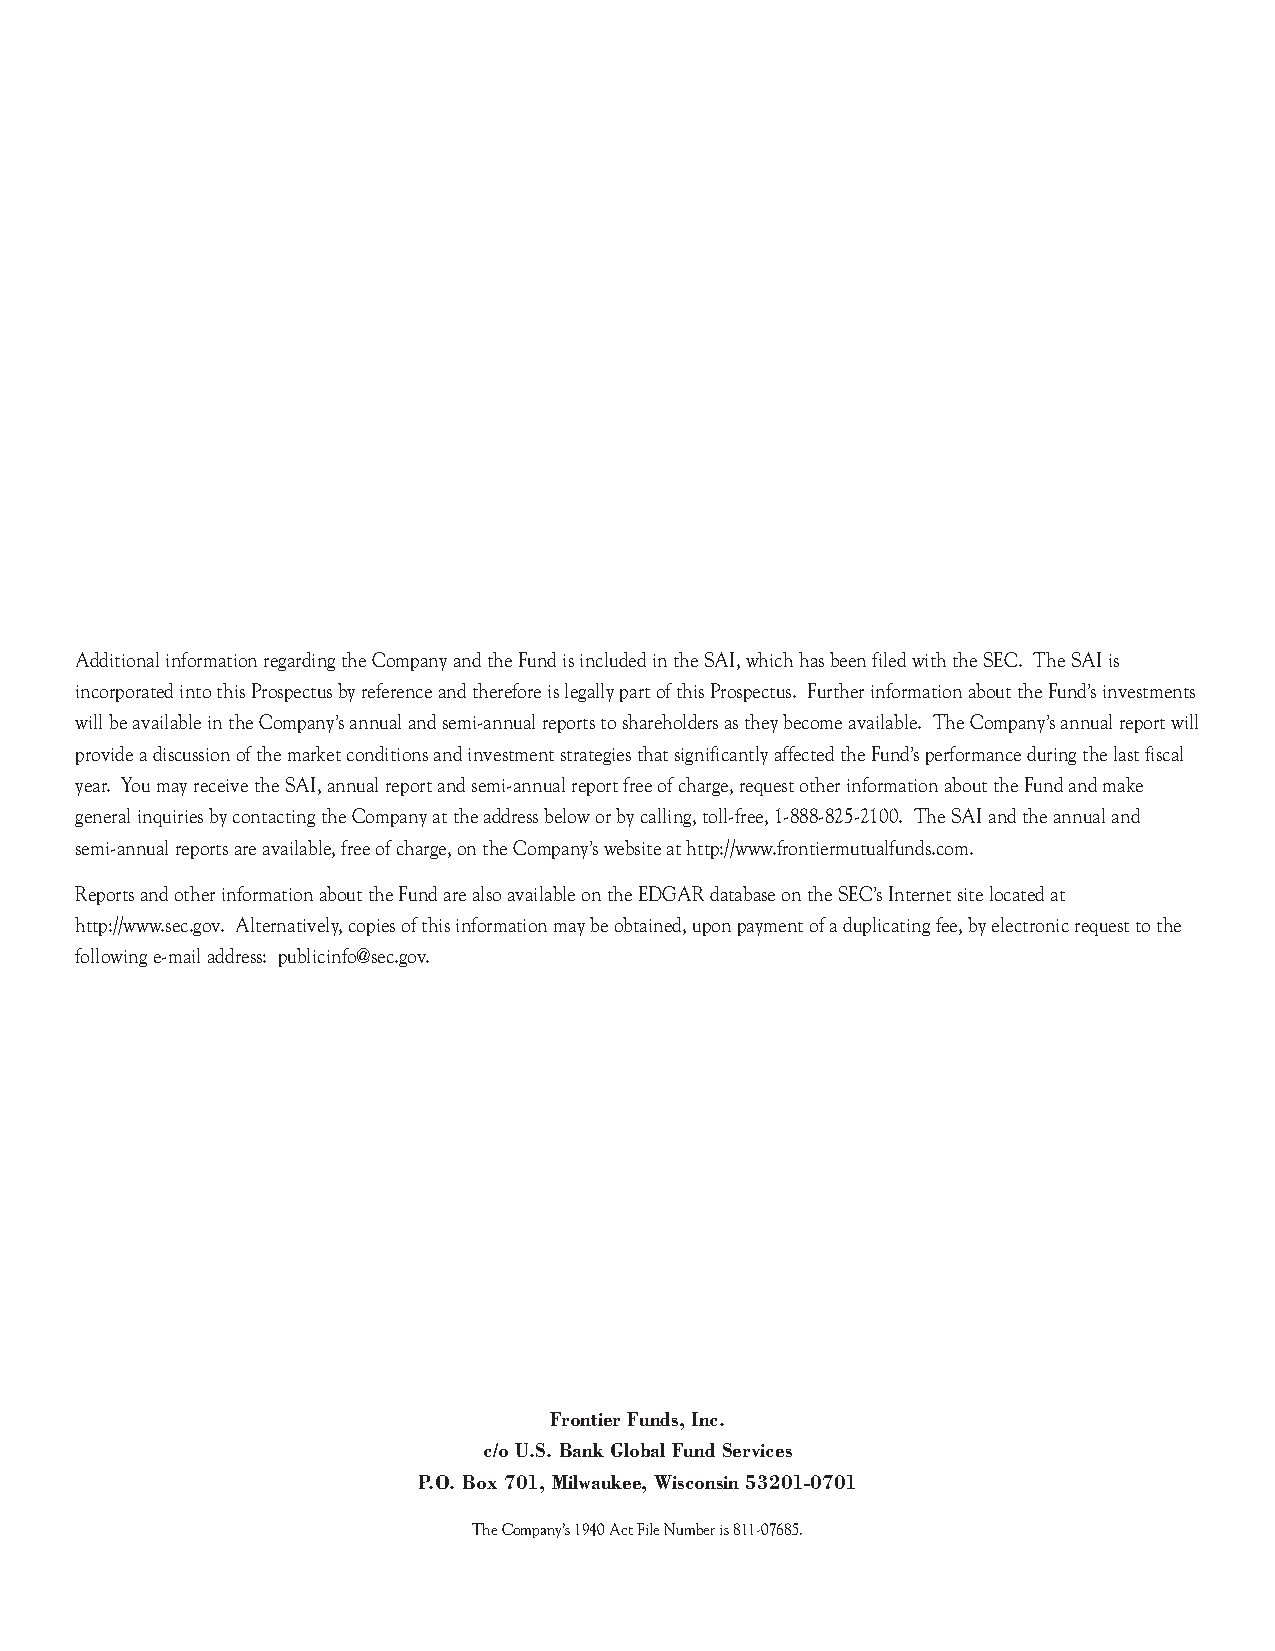
Additional information regarding the Company and the Fund is included in the SAI, which has been filed with the SEC. The SAI is
 incorporated into this Prospectus by reference and therefore is legally part of this Prospectus. Further information about the Fund’s investments
 will be available in the Company’s annual and semi-annual reports to shareholders as they become available. The Company’s annual report will
 provide a discussion of the market conditions and investment strategies that significantly affected the Fund’s performance during the last fiscal
 year. You may receive the SAI, annual report and semi-annual report free of charge, request other information about the Fund and make
 general inquiries by contacting the Company at the address below or by calling, toll-free, 1-888-825-2100. The SAI and the annual and
 semi-annual reports are available, free of charge, on the Company’s website at http://www.frontiermutualfunds.com.
 Reports and other information about the Fund are also available on the EDGAR database on the SEC’s Internet site located at
 http://www.sec.gov. Alternatively, copies of this information may be obtained, upon payment of a duplicating fee, by electronic request to the
 following e-mail address: publicinfo@sec.gov.
 Frontier Funds, Inc.
 c/o U.S. Bank Global Fund Services
 P.O. Box 701, Milwaukee, Wisconsin 53201-0701
 The Company’s 1940 Act File Number is 811-07685.